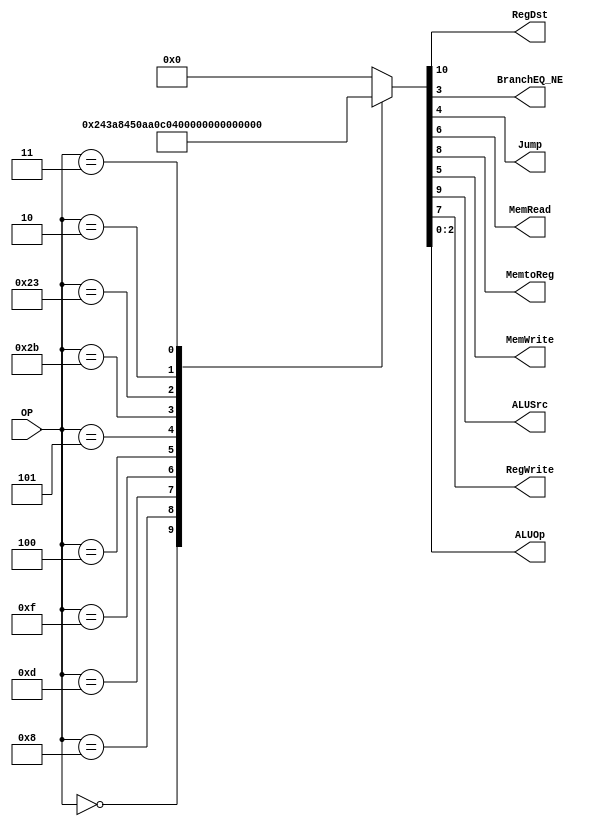
/******************************************************************
* Description
*	This is control unit for the MIPS processor. The control unit is 
*	in charge of generation of the control signals. Its only input 
*	corresponds to opcode from the instruction.
*	1.0
* Author:
*	Dr. Jos Luis Pizano Escalante
* email:
*	luispizano@iteso.mx
* Date:
*	01/03/2014
******************************************************************/
module Control
(
	input [5:0]OP,
	//agregamos los outputs faltantes para poder ejecutar las seales correspondientes del comportamiento de la
	//instruccion
	output RegDst,
	output BranchEQ_NE,
	output Jump,
	output MemRead,
	output MemtoReg,
	output MemWrite,
	output ALUSrc,
	output RegWrite,
	output [2:0]ALUOp
);
//se agregan las instrucciones que agregaremos del MIPS
localparam R_Type = 0;
localparam I_Type_ADDI = 6'h8;
localparam I_Type_ORI = 6'h0d;
localparam I_Type_BEQ = 6'h4;
localparam I_Type_BNE = 6'h5;
localparam I_Type_LUI = 6'h0f;
localparam I_Type_SW = 6'h2b;
localparam I_Type_LW = 6'h23;
localparam J_Type_J = 6'h2;
localparam J_Type_JAL = 6'h3;

reg [10:0] ControlValues;

//les asignamos un valor correspondiente a las seales que deben estar encendidas para su ejecucion
always@(OP) begin
	casex(OP)
		R_Type:       ControlValues= 11'b1_001_00_00_111;
		I_Type_ADDI:  ControlValues= 11'b0_101_00_00_100;
		I_Type_ORI:   ControlValues= 11'b0_101_00_00_101;
		I_Type_LUI:   ControlValues= 11'b0_101_00_00_011;
		I_Type_BEQ:	  ControlValues= 11'b0_000_00_01_001;
		I_Type_BNE:	  ControlValues= 11'b0_000_00_01_010;
		I_Type_SW: 	  ControlValues= 11'b0_100_01_00_110;
		I_Type_LW:    ControlValues= 11'b0_111_10_00_000;
		J_Type_J:     ControlValues= 11'b0_000_00_10_000;
		J_Type_JAL:   ControlValues= 11'b0_001_00_10_000;
		
		default:
			ControlValues= 10'b0000000000;
		endcase
end	
	
assign RegDst = ControlValues[10];
assign ALUSrc = ControlValues[9];
assign MemtoReg = ControlValues[8];
assign RegWrite = ControlValues[7];
assign MemRead = ControlValues[6];
assign MemWrite = ControlValues[5];
assign Jump = ControlValues[4];
assign BranchEQ_NE = ControlValues[3];
assign ALUOp = ControlValues[2:0];	

endmodule